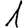
Digit: 1